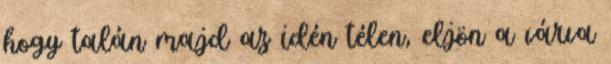
hogy talán majd az idén télen, eljön a várva